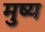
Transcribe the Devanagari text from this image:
मुष्य